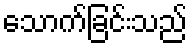
သောက်ခြင်းသည်